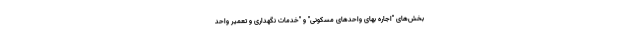
بخش‌های "اجاره بهای واحدهای مسکونی" و "خدمات نگهداری و تعمیر واحد